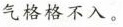
气格格不入。